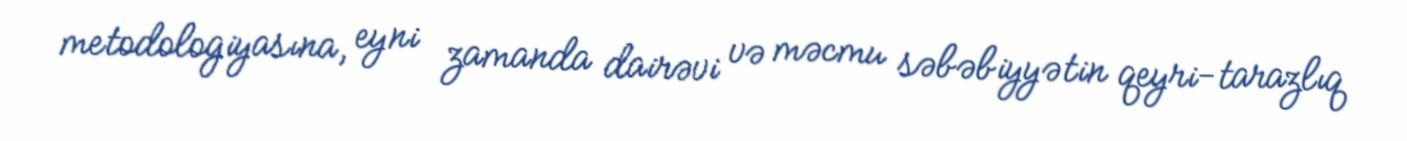
metodologiyasına, eyni zamanda dairəvi və məcmu səbəbiyyətin qeyri-tarazlıq